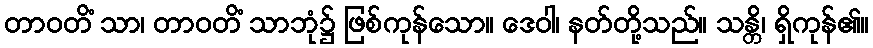
တာဝတိံ သာ၊ တာဝတိံ သာဘုံ၌ ဖြစ်ကုန်သော။ ဒေဝါ၊ နတ်တို့သည်။ သန္တိ၊ ရှိကုန်၏။